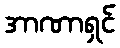
အာဏာရှင်